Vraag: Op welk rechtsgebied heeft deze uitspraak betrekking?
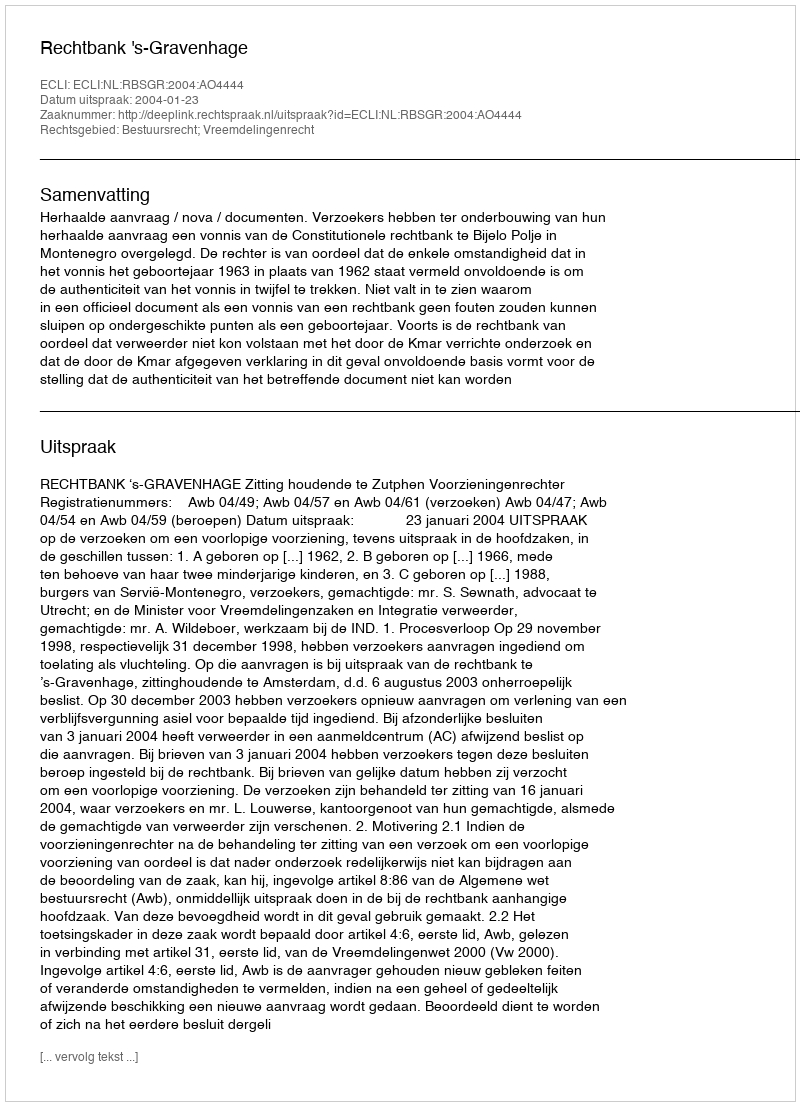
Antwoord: Bestuursrecht; Vreemdelingenrecht